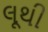
લૂથી